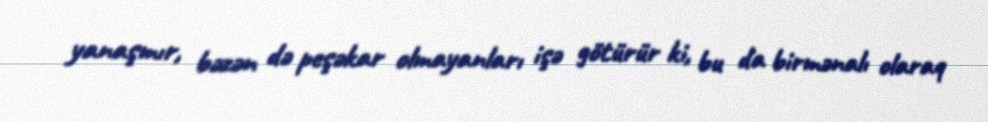
yanaşmır, bəzən də peşəkar olmayanları işə götürür ki, bu da birmənalı olaraq